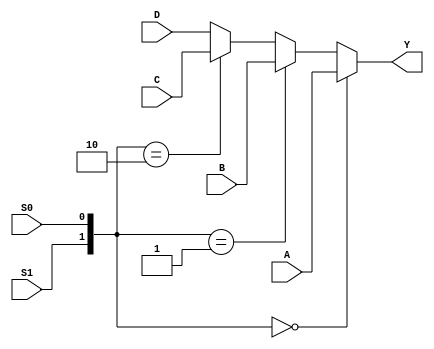
module MUX41a_v3(A,B,C,D,S1,S0,Y);
	input A,B,C,D,S1,S0;
	output Y;
	//always@SEL[1:0]
	reg [1:0] SEL;
	//always@
	reg Y;
	always @(A,B,C,D,SEL)
	begin //
		SEL = {S1,S0}; //S1,S02SEL[1:0]
		/* 1.=<=
			2.
			  
			  
			  
			3.assignalways=
			  
			  
		*/
		if(SEL == 0)		Y = A;
		else if(SEL == 1)	Y = B;
		else if(SEL == 2)	Y = C;
		else					Y = D;
	end
endmodule